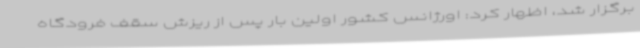
برگزار شد، اظهار کرد: اورژانس کشور اولین بار پس از ریزش سقف فرودگاه